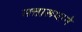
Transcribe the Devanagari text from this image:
सत्तारूपाने